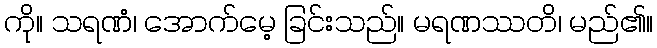
ကို။ သရဏံ၊ အောက်မေ့ ခြင်းသည်။ မရဏဿတိ၊ မည်၏။